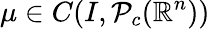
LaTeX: \mu\in C(I,\mathcal P_{c}(\mathbb{R}^{n}))